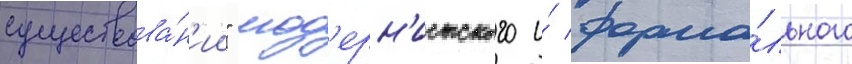
существова́н'ии" мод'ерн'истского и́ форма́льного